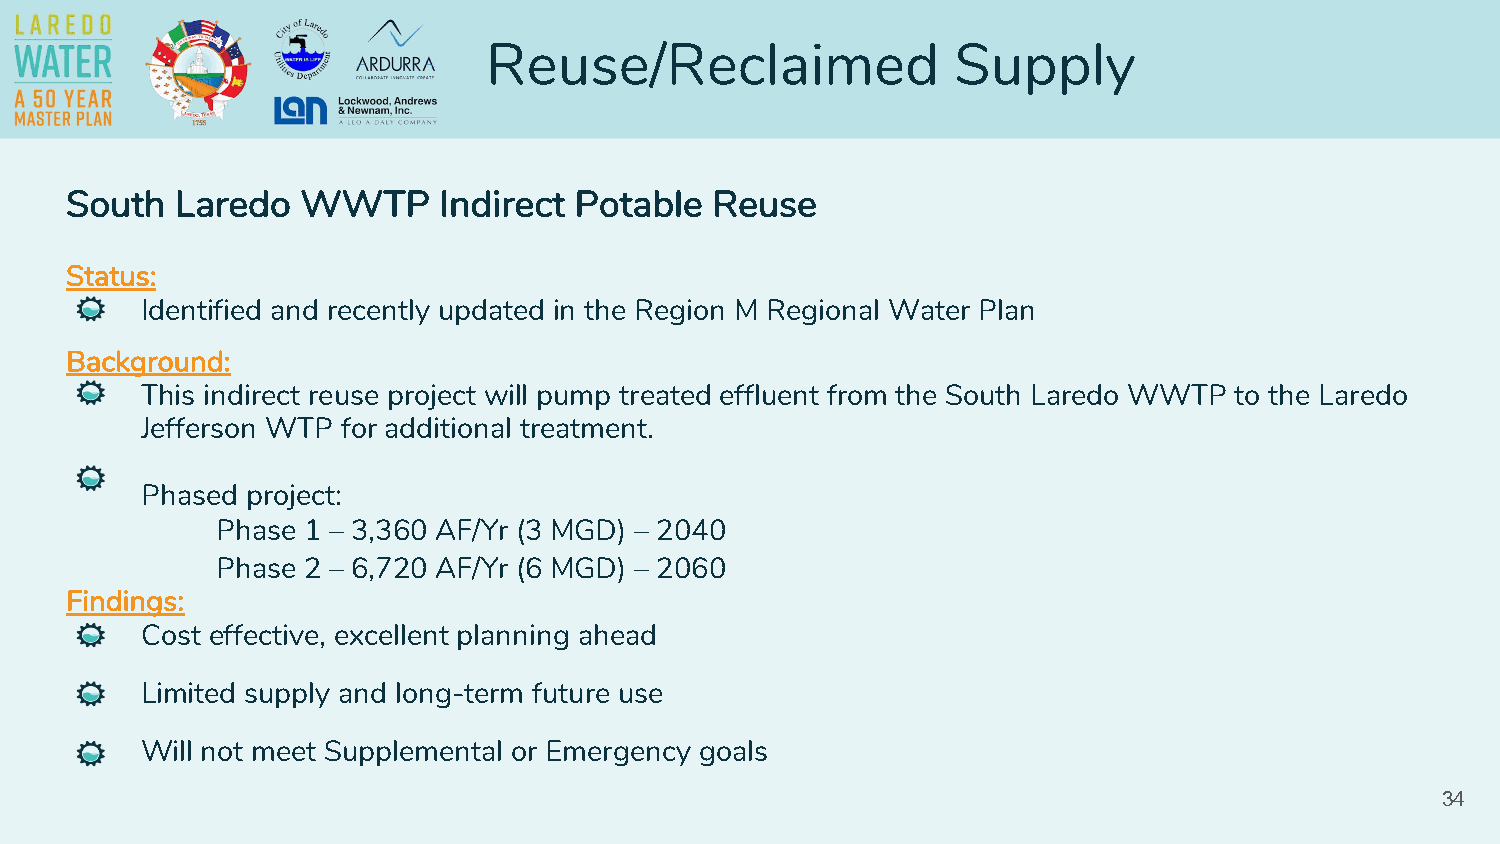
Reuse/Reclaimed                Supply
 South   Laredo  WWTP     Indirect Potable  Reuse
 Status:
 Identified and recently updated in the Region M Regional Water Plan
 Background:
 This indirect reuse project will pump treated effluent from the South Laredo WWTP to the Laredo
 Jefferson WTP for additional treatment.
 Phased project:
 Phase 1 – 3,360 AF/Yr (3 MGD) – 2040
 Phase 2 – 6,720 AF/Yr (6 MGD) – 2060
 Findings:
 Cost effective, excellent planning ahead
 Limited supply and long-term future use
 Will not meet Supplemental or Emergency goals
 34